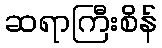
ဆရာကြီးစိန်